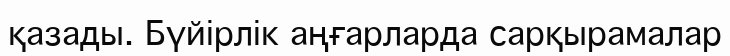
қазады. Бүйірлік аңғарларда сарқырамалар